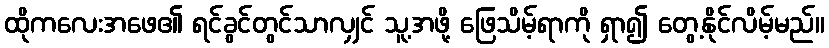
ထိုကလေးအဖေ၏ ရင်ခွင်တွင်သာလျှင် သူ့အဖို့ ဖြေသိမ့်ရာကို ရှာ၍ တွေ့နိုင်လိမ့်မည်။